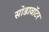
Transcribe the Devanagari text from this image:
सोडावॉटर